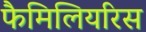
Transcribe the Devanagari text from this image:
फैमिलियरिस